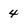
Character: 4